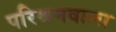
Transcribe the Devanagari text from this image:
परिश्रमवाला